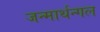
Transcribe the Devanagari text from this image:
जन्मार्थन्गल